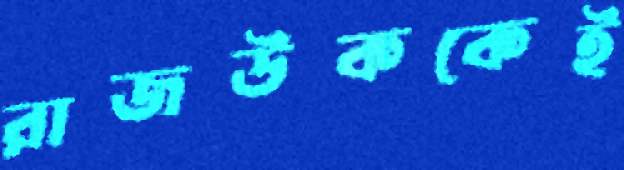
রাজউককেই